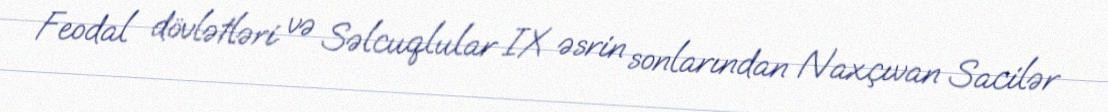
Feodal dövlətləri və Səlcuqlular IX əsrin sonlarından Naxçıvan Sacilər